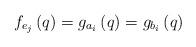
LaTeX: \begin{align*}f_{e_{j}}\left( q\right) =g_{a_{i}}\left( q\right) =g_{b_{i}}\left( q\right)\end{align*}